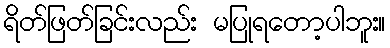
ရိတ်ဖြတ်ခြင်းလည်း မပြုရတော့ပါဘူး။